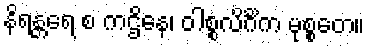
နိရန္တရေ စ ကဌိနေ၊ ဝါစ္စလိင်္ဂိက မုစ္စတေ။